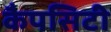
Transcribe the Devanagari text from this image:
कैपसिटी